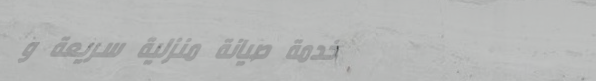
خدمة صيانة منزلية سريعة و